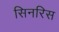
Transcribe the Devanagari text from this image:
सिनरिस